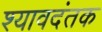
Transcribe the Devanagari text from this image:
श्यावदंतक